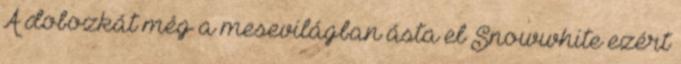
A dobozkát még a mesevilágban ásta el Snowwhite ezért